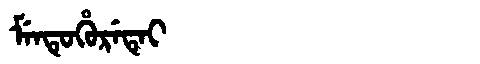
Manchu: ᠮᡝᠨᡨᡠᡥᡠᡵᡝᡨᡝᡳ
Romanization: MENTUHURETEI